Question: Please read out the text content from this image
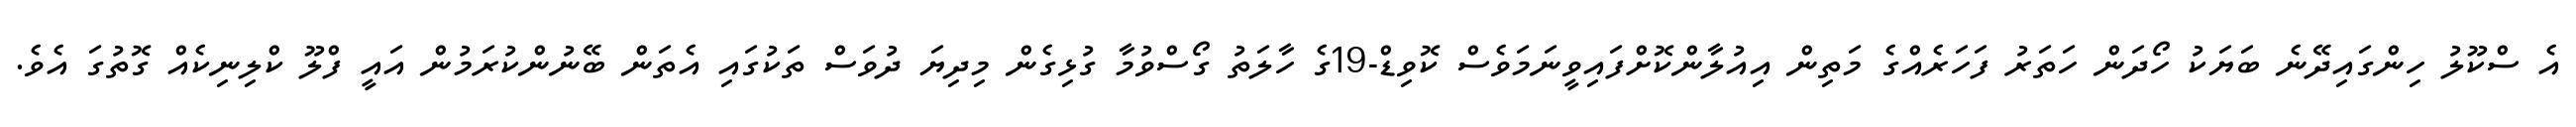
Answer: އެ ސްކޫލު ހިންގައިދޭނެ ބަޔަކު ހޯދަން ހަތަރު ފަހަރެއްގެ މަތިން އިއުލާންކޮށްފައިވީނަމަވެސް ކޮވިޑް-19ގެ ހާލަތު ގޯސްވުމާ ގުޅިގެން މިދިޔަ ދުވަސް ތަކުގައި އެތަން ބޭނުންކުރަމުން އައީ ފްލޫ ކްލިނިކެއް ގޮތުގަ އެވެ.